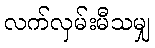
လက်လှမ်းမီသမျှ